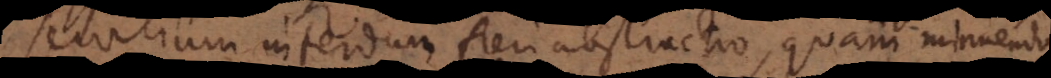
servilium interdum fieri abstractio, quam mi